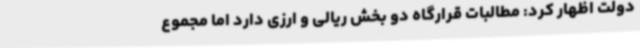
دولت اظهار کرد: مطالبات قرارگاه دو بخش ریالی و ارزی دارد اما مجموع